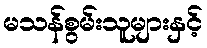
မသန်စွမ်းသူများနှင့်